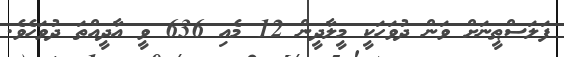
ފަލަސްޠީނަށް ވަން ދުވަހަކީ މީލާދީން 12 މެއި 636 ވީ އާދީއްތަ ދުވަހެވެ.